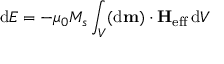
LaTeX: \mathrm { d } E = - \mu _ { 0 } M _ { s } \int _ { V } ( \mathrm { d } \mathbf { m } ) \cdot \mathbf { H } _ { \mathrm { e f f } } \, \mathrm { d } V